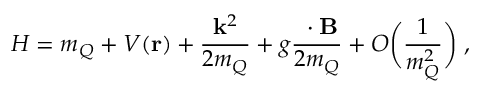
H = m _ { Q } + V ( { \bf { r } } ) + \frac { { \bf { k } } ^ { 2 } } { 2 m _ { Q } } + g \frac { { \bf { \sigma } } \cdot { \bf { B } } } { 2 m _ { Q } } + O \biggl ( \frac { 1 } { m _ { Q } ^ { 2 } } \biggr ) \; ,